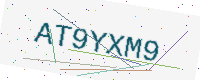
Text: AT9YXM9